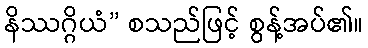
နိဿဂ္ဂိယံ” စသည်ဖြင့် စွန့်အပ်၏။